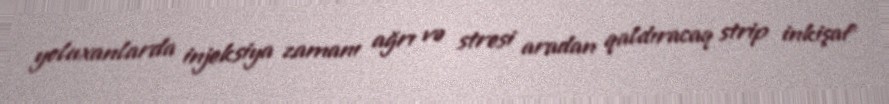
yoluxanlarda injeksiya zamanı ağrı və stresi aradan qaldıracaq strip inkişaf